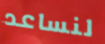
لنساعد